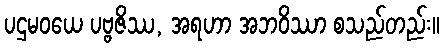
ပဌမဝယေ ပဗ္ဗဇိဿ, အရဟာ အဘဝိဿာ စသည်တည်း။